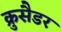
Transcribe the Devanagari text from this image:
क्रुसैडर